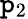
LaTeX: \mathtt{p}_{2}